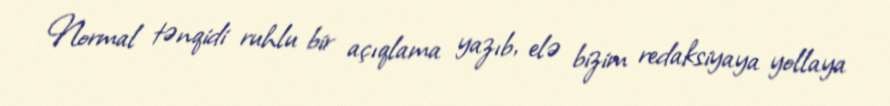
Normal tənqidi ruhlu bir açıqlama yazıb, elə bizim redaksiyaya yollaya